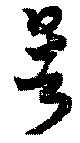
暑